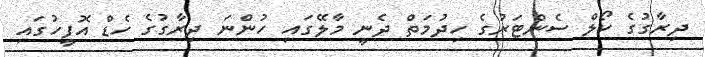
ދިރާގުގެ ކޯލް ސެންޓަރުގެ ހިދުމަތް ދެނީ މާލޭގައި ހުންނަ ދިރާގުގެ ހެޑް އޮފީހުގައި